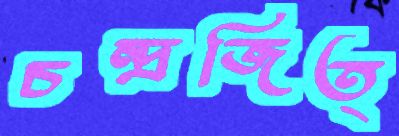
চন্দ্রজিত্